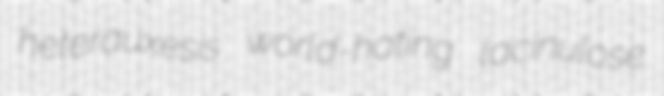
heterauxesis world-hating lacinulose